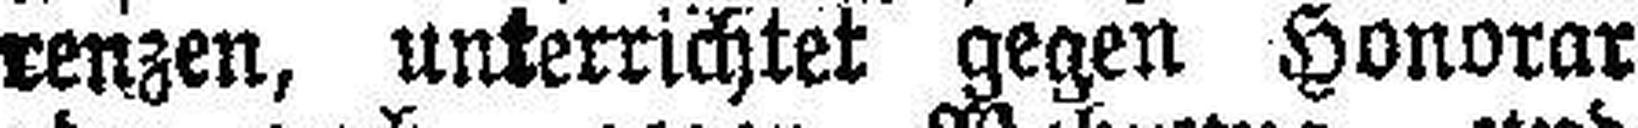
renzen, unterrichtet gegen Honorar